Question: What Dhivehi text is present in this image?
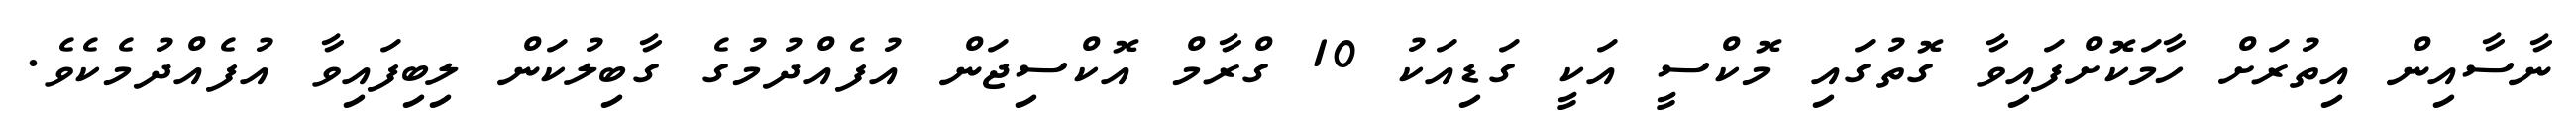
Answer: ނާސާއިން އިތުރަށް ހާމަކޮށްފައިވާ ގޮތުގައި މޮކްސީ އަކީ ގަޑިއަކު 10 ގްރާމް އޮކްސިޖަން އުފެއްދުމުގެ ގާބިލުކަން ލިބިފައިވާ އުފެއްދުމެކެވެ.